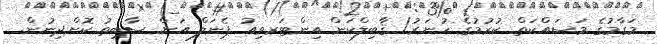
މަގާމުގެ މަސައްކަތް ކުރުމުގެ ހުނަރު/ ޤާބިލްކަން އިންޓަރވިއު ޕެނަލް އަށް ސާބިތު ކޮށްދިނުން.